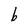
Character: b